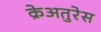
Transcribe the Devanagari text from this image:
क्रेअतुरेस